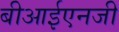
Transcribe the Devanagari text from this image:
बीआईएनजी